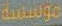
موسسه